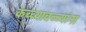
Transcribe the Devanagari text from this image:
कच्च्याबच्च्यांना